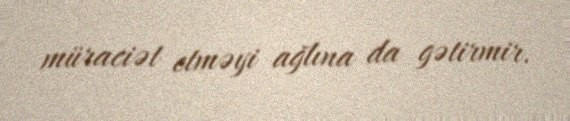
müraciət etməyi ağlına da gətirmir.